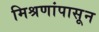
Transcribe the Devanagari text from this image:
मिश्रणांपासून